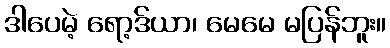
ဒါပေမဲ့ ရော့ဒ်ယာ၊ မေမေ မပြန်ဘူး။